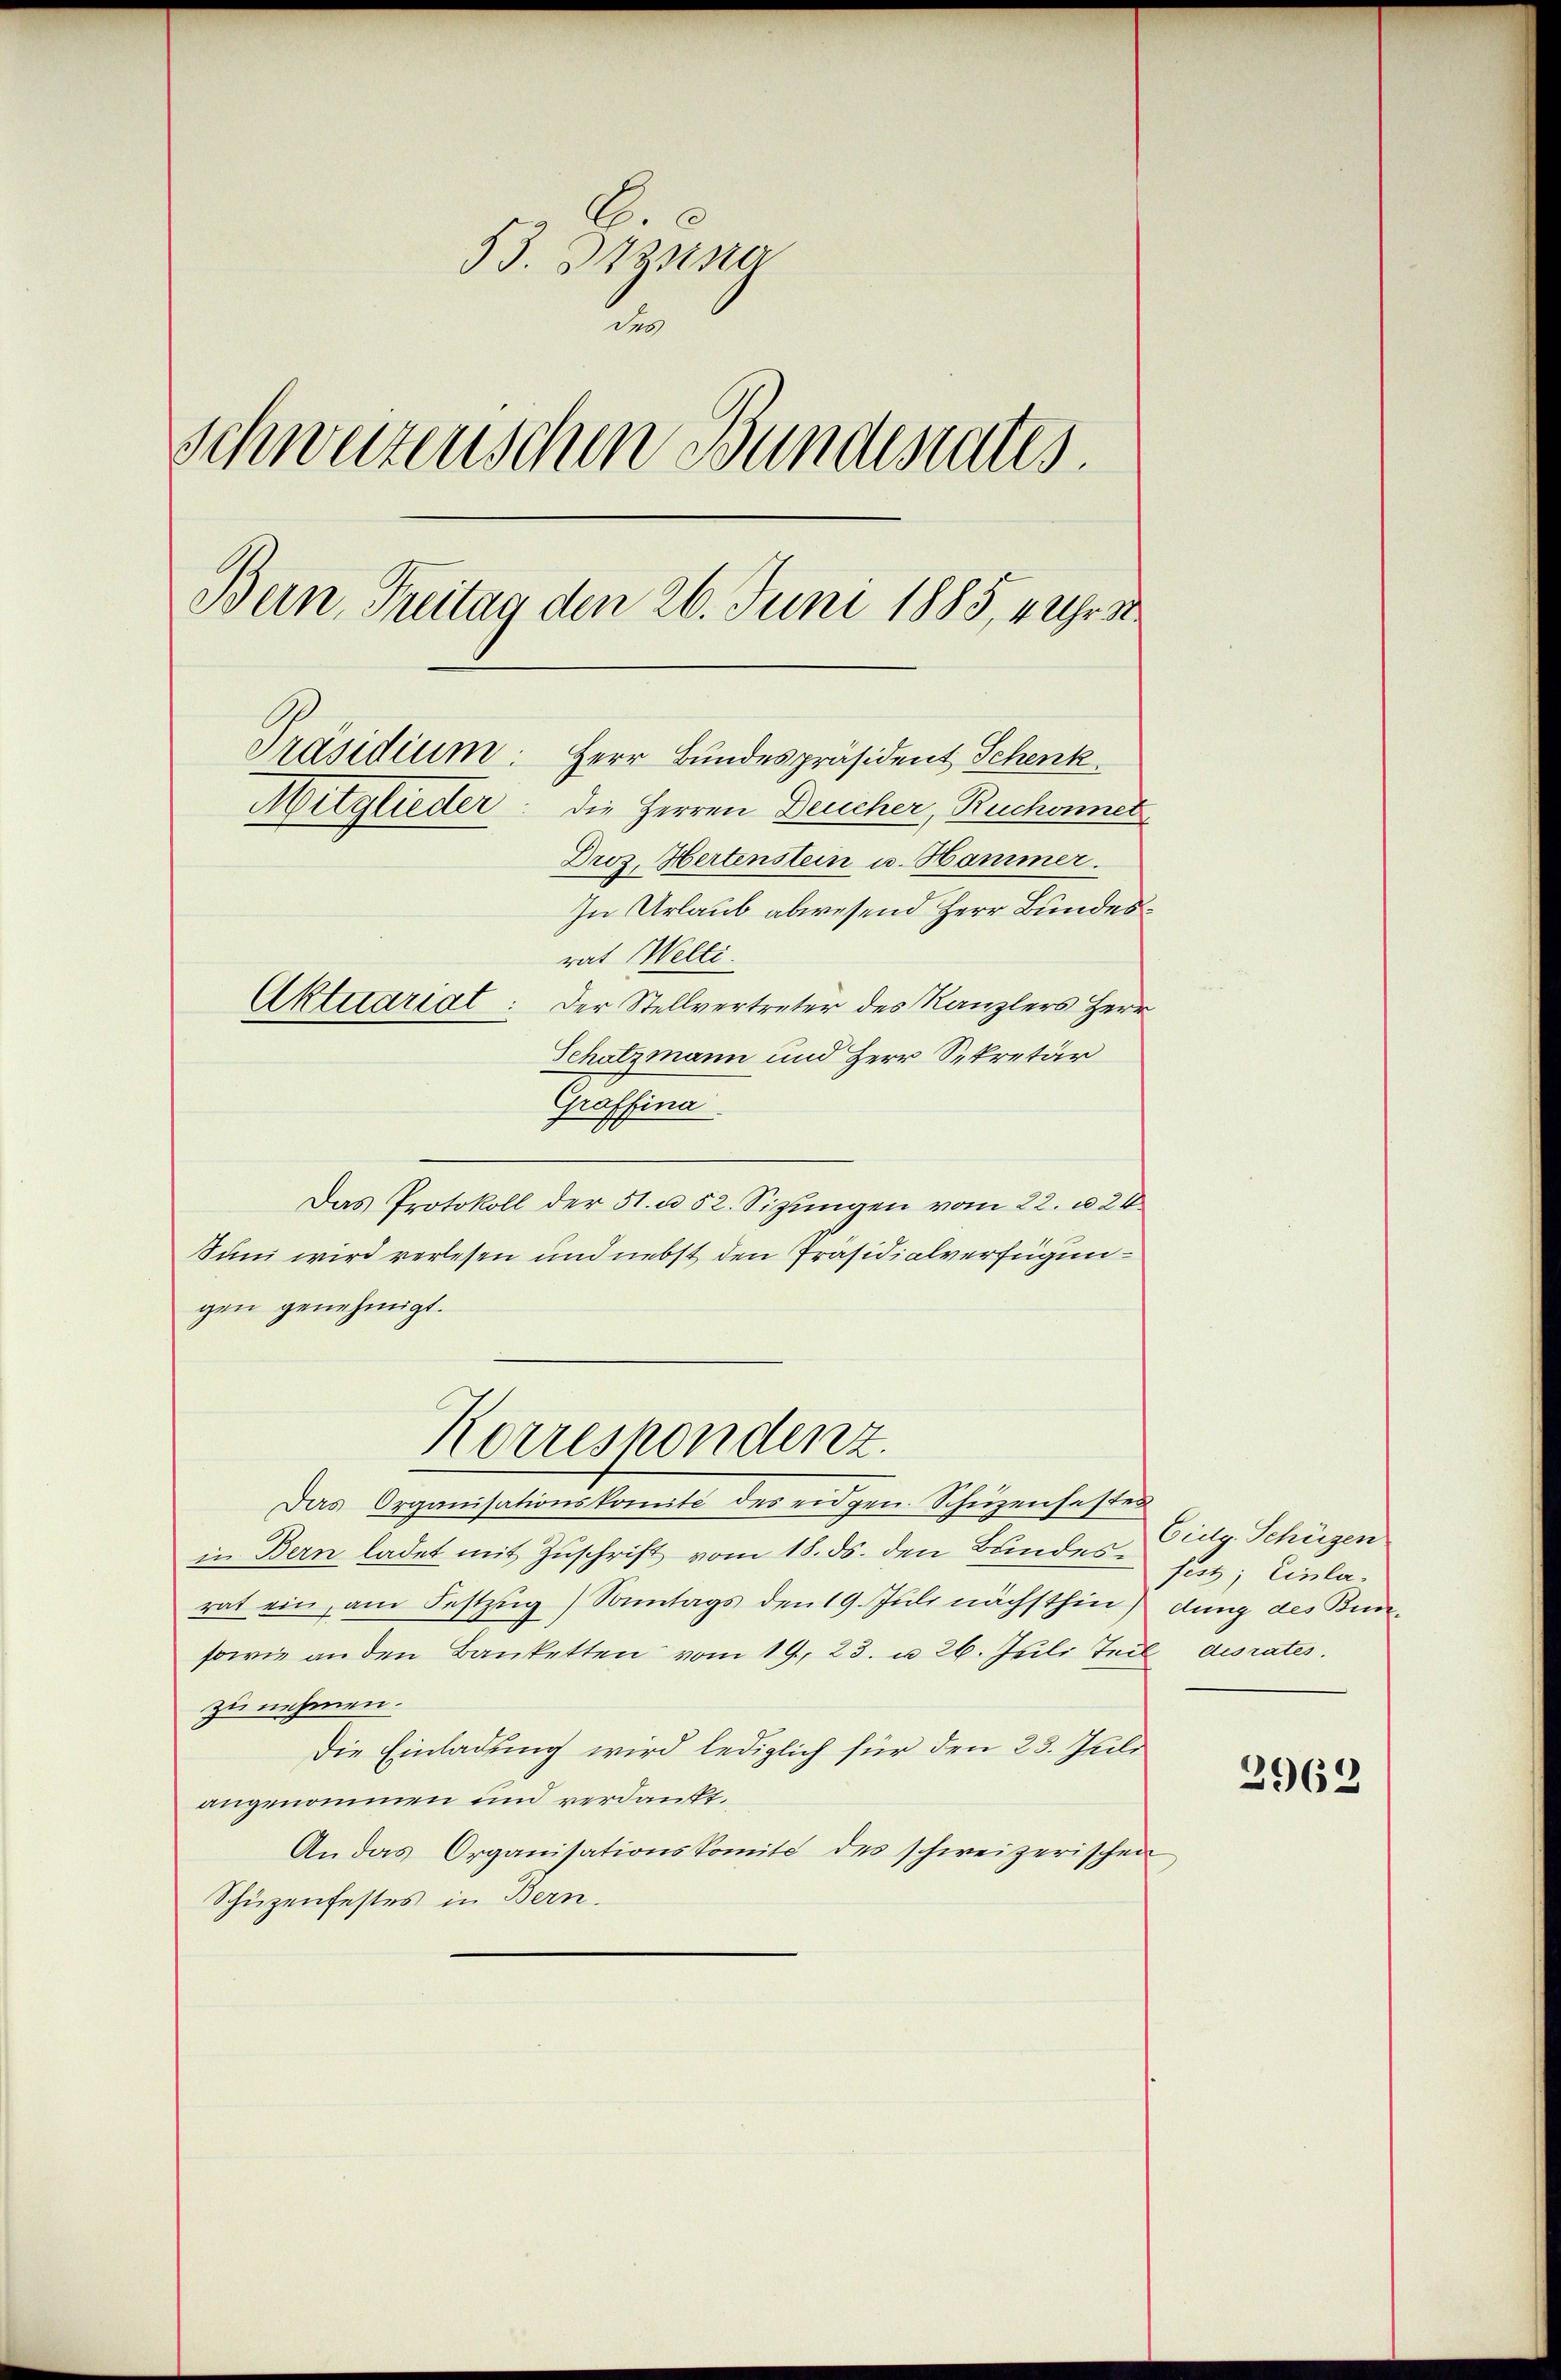
C
53. Dista
d
schweizerischen Bundesrates.
Bern, Freitag den 26. Juni 1885, 4 Uhr
Präsidium: Herr Bundespräsident Schenk
Mitglieder: die Herren Deucher, Ruchonnet
Droz. Hertenstein u. Hammer.
In Urlaub abwesend Herr Bundesrat Welti.
Aktuariat: Der Stellvertreter des Kanzlers Herr
Schatzmann und Herr Sekretär

Graffina
Das Protokoll der 51. u 52. Sizungen vom 22. u. 20
Sun wird verlesen und nebst den Präsidialverfügungen genehmigt.
Korrespondenz.
Das Organisationskomité des eidgen. Schüzenhastes
in Bern ladet mit Zuschrift vom 18. ds. den Bundesrat ein, am Festzug / Sonntags den 19. Juli nächsthin dung des Bun¬
sowie an den Banketten vom 19. 23. u. 26. Juli Teil desrates.
zu nehmen.
Die Einladung wird lediglich für den 23. Juli
angenommen und verdankt.
An das Organisationskomité des schweizerischen
Schüzenfestes in Bern.

Eidg. Schügen
fest; Einla-

2962